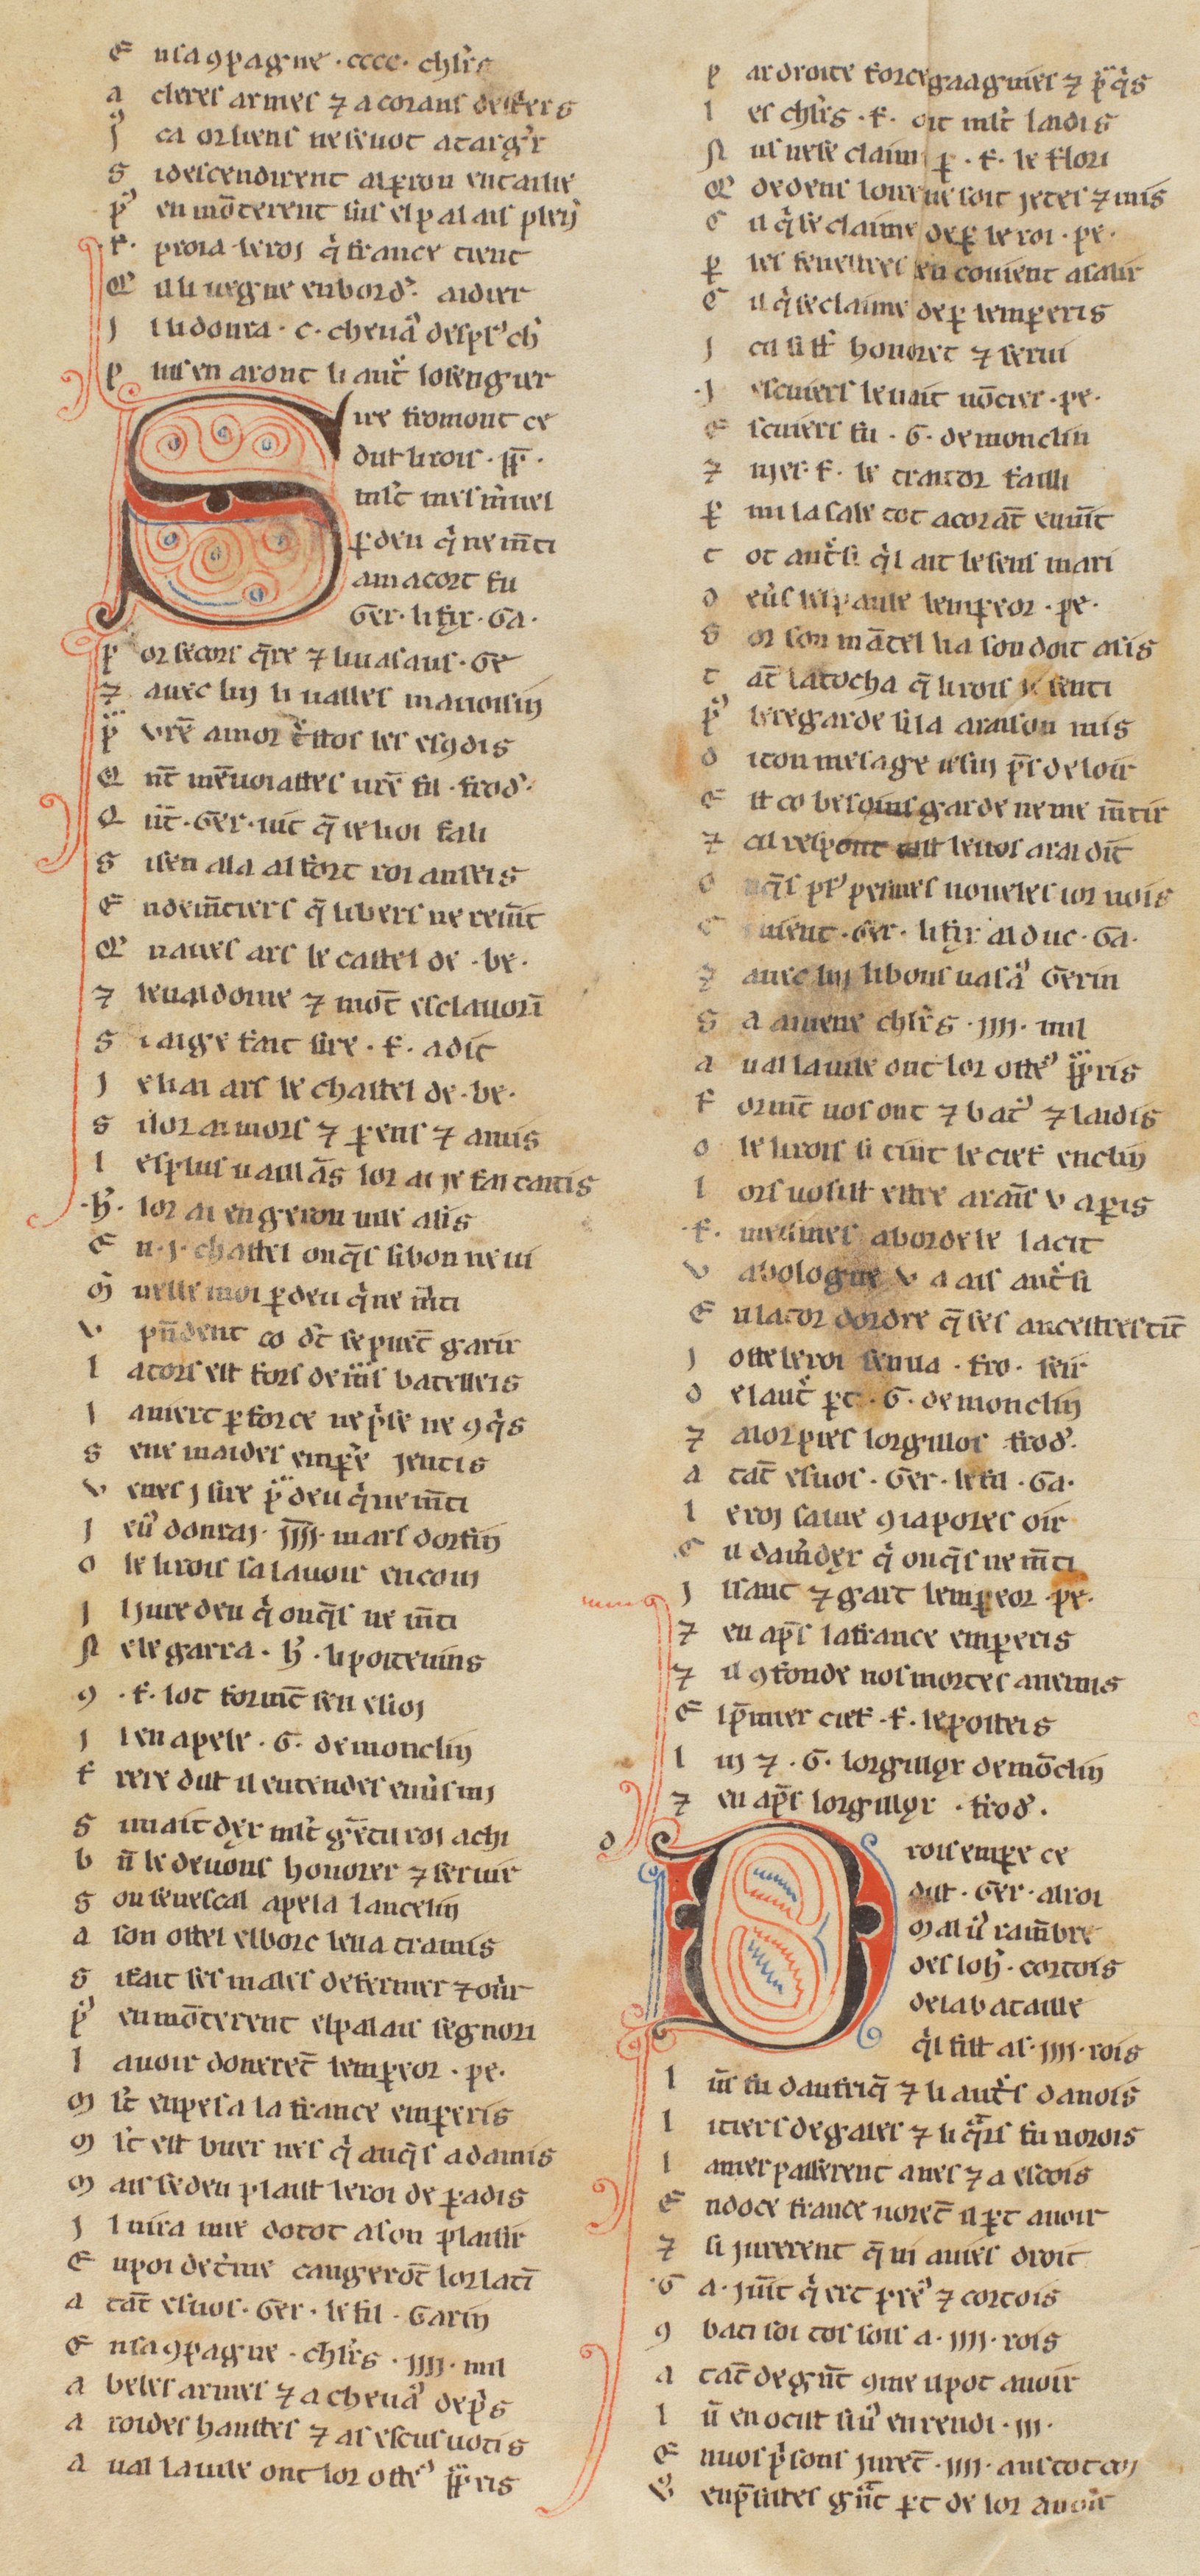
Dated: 1255–1285